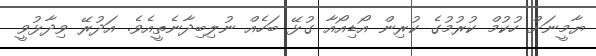
ޔާމީނަށް ހުކުމް ކުރުމުގެ ކުރިން އޯޑިއޯއާ ގުޅޭ ބަހެއް ނުލިބިދާނެތީއެވެ. އަދުރޭ ވިދާޅުވީ